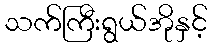
သက်ကြီးရွယ်အိုနှင့်